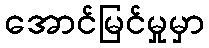
အောင်မြင်မှုမှာ